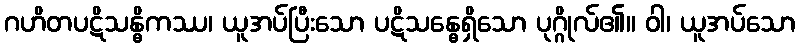
ဂဟိတပဋိသန္ဓိကဿ၊ ယူအပ်ပြီးသော ပဋိသန္ဓေရှိသော ပုဂ္ဂိုလ်၏။ ဝါ၊ ယူအပ်သော